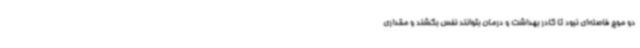
دو موج فاصله‌ای نبود تا کادر بهداشت و درمان بتوانند نفس بکشند و مقداری